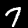
Digit: 7